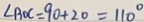
\angle B O C = 9 0 + 2 0 = 1 1 0 ^ { \circ }